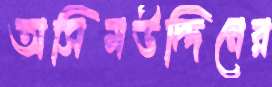
অসিমউদ্দিনের